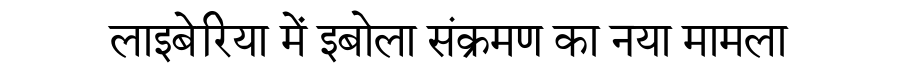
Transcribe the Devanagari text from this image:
लाइबेरिया में इबोला संक्रमण का नया मामला